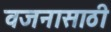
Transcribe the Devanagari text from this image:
वजनासाठी